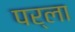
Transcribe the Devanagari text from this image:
पर्ला